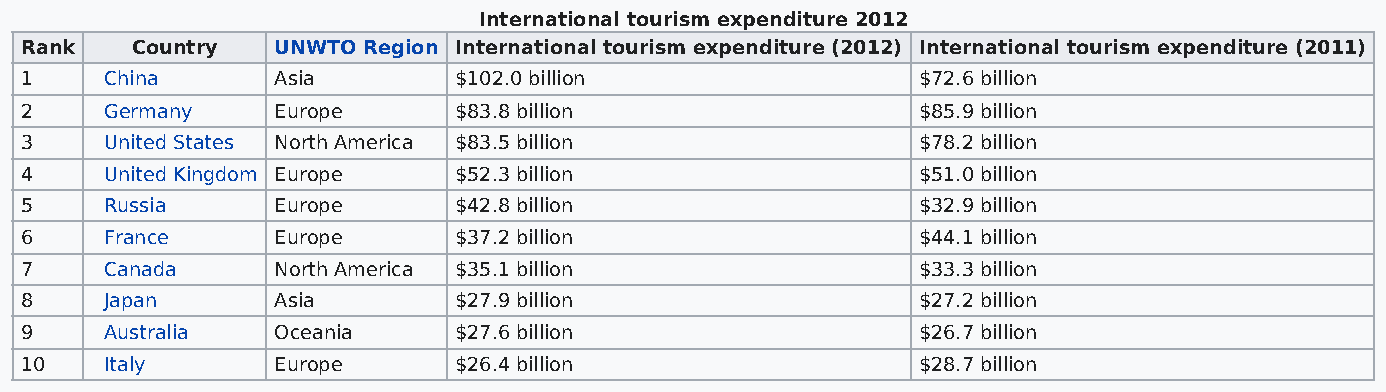
International tourism expenditure 2012
 Rank    Country  UNWTO Region International tourism expenditure (2012) International tourism expenditure (2011)
 1     China      Asia        $102.0 billion                 $72.6 billion
 2     Germany    Europe      $83.8 billion                  $85.9 billion
 3     United States North America $83.5 billion             $78.2 billion
 4     United Kingdom Europe  $52.3 billion                  $51.0 billion
 5     Russia     Europe      $42.8 billion                  $32.9 billion
 6     France     Europe      $37.2 billion                  $44.1 billion
 7     Canada     North America $35.1 billion                $33.3 billion
 8     Japan      Asia        $27.9 billion                  $27.2 billion
 9     Australia  Oceania     $27.6 billion                  $26.7 billion
 10    Italy      Europe      $26.4 billion                  $28.7 billion